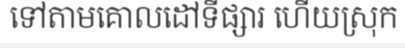
ទៅតាមគោលដៅទីផ្សារ ហើយស្រុក